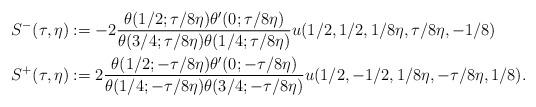
LaTeX: \begin{align*}S^-(\tau, \eta) &:= -2 \frac{\theta(1/2; \tau/8\eta)\theta'(0; \tau/8\eta)}{\theta(3/4; \tau/8\eta) \theta(1/4; \tau/8\eta)} u(1/2, 1/2, 1/8\eta, \tau/8\eta, -1/8)\\S^+(\tau, \eta) &:= 2 \frac{\theta(1/2; -\tau/8\eta)\theta'(0; -\tau/8\eta)}{\theta(1/4; -\tau/8\eta) \theta(3/4; -\tau/8\eta)} u(1/2, -1/2, 1/8\eta, -\tau/8\eta, 1/8).\end{align*}